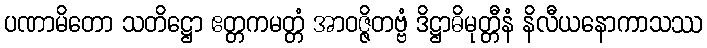
ပဏာမိတော သတိဋ္ဌော ဧတ္တကမတ္တံ အာဝဇ္ဇိတဗ္ဗံ ဒိဋ္ဌာဓိမုတ္တီနံ နိလီယနောကာသဿ